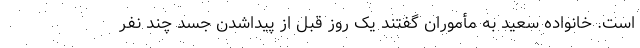
است. خانواده سعید به مأموران گفتند یک روز قبل از پیداشدن جسد چند نفر